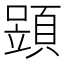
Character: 𩓶